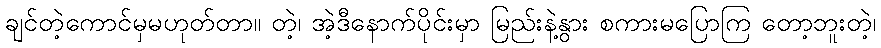
ချင်တဲ့ကောင်မှမဟုတ်တာ။ တဲ့၊ အဲ့ဒီနောက်ပိုင်းမှာ မြည်းနဲ့နွား စကားမပြောကြ တော့ဘူးတဲ့၊